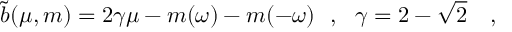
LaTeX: \tilde { b } ( \mu , m ) = 2 \gamma \mu - m ( \omega ) - m ( - \omega ) ~ ~ , ~ ~ \gamma = 2 - \sqrt { 2 } ~ ~ ~ ,